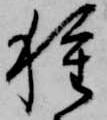
種